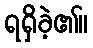
ရရှိခဲ့၏။